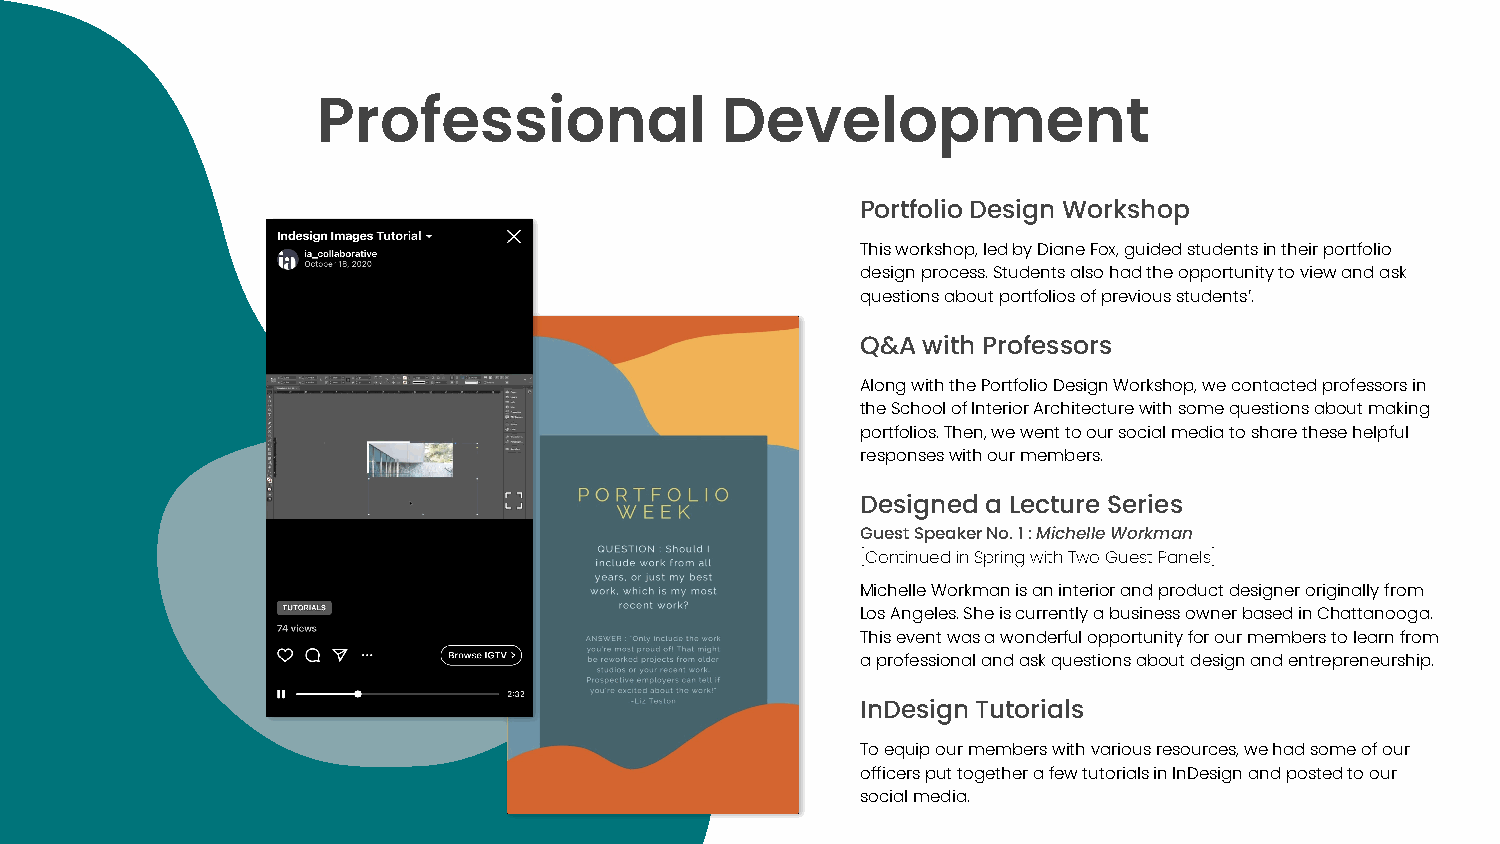
Professional               Development
 Portfolio Design Workshop
 This workshop, led by Diane Fox, guided students in their portfolio
 design process. Students also had the opportunity to view and ask
 questions about portfolios of previous students’.
 Q&A with Professors
 Along with the Portfolio Design Workshop, we contacted professors in
 the School of Interior Architecture with some questions about making
 portfolios. Then, we went to our social media to share these helpful
 responses with our members.
 Designed a Lecture Series
 Guest Speaker No. 1 : Michelle Workman
 [Continued in Spring with Two Guest Panels]
 Michelle Workman is an interior and product designer originally from
 Los Angeles. She is currently a business owner based in Chattanooga.
 This event was a wonderful opportunity for our members to learn from
 a professional and ask questions about design and entrepreneurship.
 InDesign Tutorials
 To equip our members with various resources, we had some of our
 officers put together a few tutorials in InDesign and posted to our
 social media.